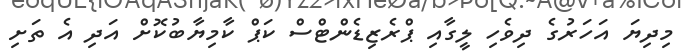
މިދިޔަ އަހަރުގެ ދިވެހި ލީގާއި ޕްރެޒިޑެންޓްސް ކަޕް ކާމިޔާބުކޮށް އަދި އެ ތަށި